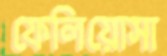
ফেলিয়োসা